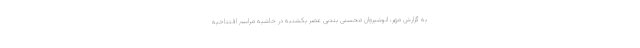
به گزارش مهر، انوشیروان محسنی بندپی عصر یکشنبه در حاشیه مراسم افتتاحیه